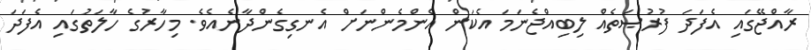
ރާއްޖޭގައި އެފަދަ ފުރުޞަތެއް ލިބިއްޖެނަމަ އެކަން އެންމެންނަށް އެނގިގެންދާނެއެވެ. މިހާރުގެ ހާލަތުގައި އެފަދަ